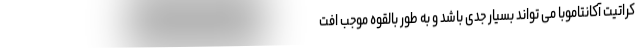
کراتیت آکانتاموبا می تواند بسیار جدی باشد و به طور بالقوه موجب افت